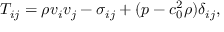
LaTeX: T _ { i j } = \rho v _ { i } v _ { j } - \sigma _ { i j } + ( p - c _ { 0 } ^ { 2 } \rho ) \delta _ { i j } ,